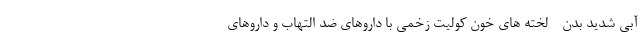
آبی شدید بدن - لخته های خون کولیت زخمی با داروهای ضد التهاب و داروهای